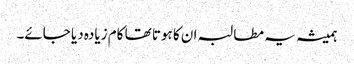
ہمیشہ یہ مطالبہ ان کا ہوتا تھا کام زیادہ دیا جائے۔